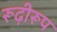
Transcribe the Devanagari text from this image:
रूढ़ीरूप